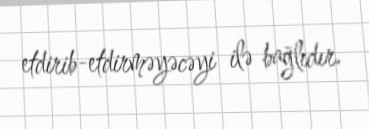
etdirib-etdirməyəcəyi ilə bağlıdır.